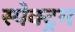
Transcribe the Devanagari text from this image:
स्‍पेक्‍ट्रम